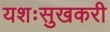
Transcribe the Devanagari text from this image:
यशःसुखकरी